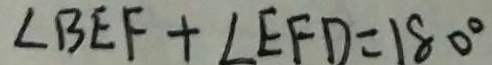
\angle B E F + \angle E F D = 1 8 0 ^ { \circ }